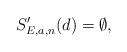
\begin{align*} S_{E,a,n}'(d) = \emptyset,\end{align*}